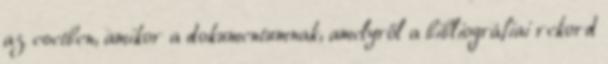
az esetben, amikor a dokumentumnak, amelyről a bibliográfiai rekord